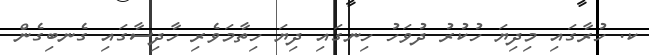
ކ. ހުރާގައި މިދިޔަ ހުކުރު ދުވަހު ހިނގައި ދިޔަ ހިތާމަވެރި ހާދިސާގައި ގެނބިގެން